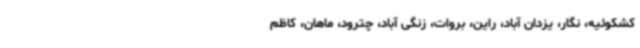
کشکوئیه، نگار، یزدان آباد، راین، بروات، زنگی آباد، چترود، ماهان، کاظم